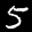
Label: 5